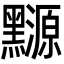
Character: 𪒳